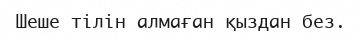
Шеше тілін алмаған қыздан без.